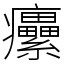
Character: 癳